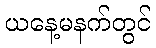
ယနေ့မနက်တွင်